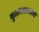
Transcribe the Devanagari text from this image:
मुलासारखाच